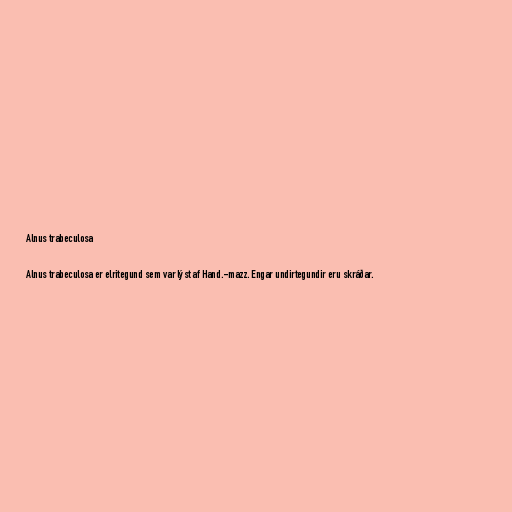
Alnus trabeculosa

Alnus trabeculosa er elritegund sem var lýst af Hand.-mazz. Engar undirtegundir eru skráðar.